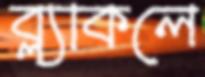
ব্ল্যাকলে